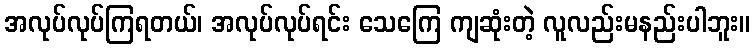
အလုပ်လုပ်ကြရတယ်၊ အလုပ်လုပ်ရင်း သေကြေ ကျဆုံးတဲ့ လူလည်းမနည်းပါဘူး။